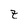
Character: z